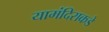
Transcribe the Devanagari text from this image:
यामंदिराकडे